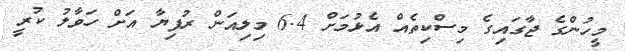
މީހުންގެ ޖާގައިގެ މިސްކިތެއް އެޅުމަށް 6.4 މިލިއަން ރުފިޔާ އަށް ހަވާލު ކުރީ